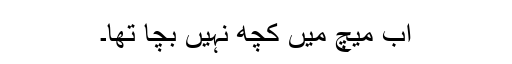
اب میچ میں کچھ نہیں بچا تھا۔